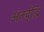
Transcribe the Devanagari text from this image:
अंतर्वृद्धि